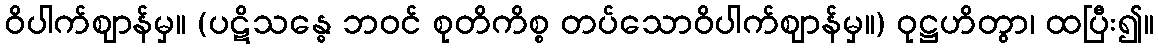
ဝိပါက်ဈာန်မှ။ (ပဋိသန္ဓေ ဘဝင် စုတိကိစ္စ တပ်သောဝိပါက်ဈာန်မှ။) ဝုဋ္ဌဟိတွာ၊ ထပြီး၍။